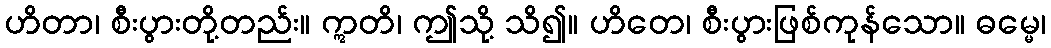
ဟိတာ၊ စီးပွားတို့တည်း။ ဣတိ၊ ဤသို့ သိ၍။ ဟိတေ၊ စီးပွားဖြစ်ကုန်သော။ ဓမ္မေ၊